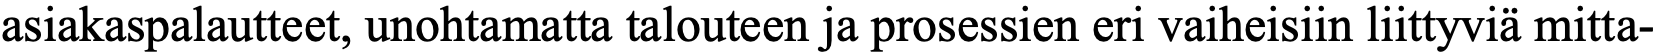
asiakaspalautteet, unohtamatta talouteen ja prosessien eri vaiheisiin liittyviä mitta-